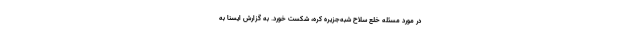
در مورد مسئله خلع سلاح شبه‌جزیره کره، شکست خورد. به گزارش ایسنا به